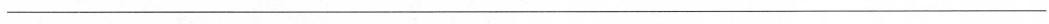
_____